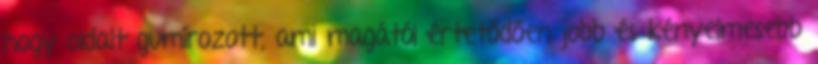
hogy oldalt gumírozott, ami magától értetődően jobb és kényelmesebb